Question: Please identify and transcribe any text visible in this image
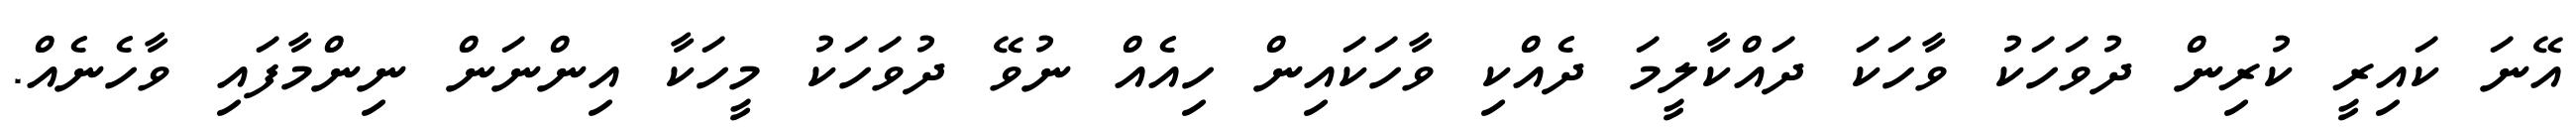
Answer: އޭނަ ކައިރީ ކުރިން ދުވަހަކު ވާހަކަ ދައްކާލީމަ ދެއްކި ވާހަކައިން ހިއެއް ނުވޭ ދުވަހަކު މީހަކާ އިންނަން ނިންމާފައި ވާހެނެއް.